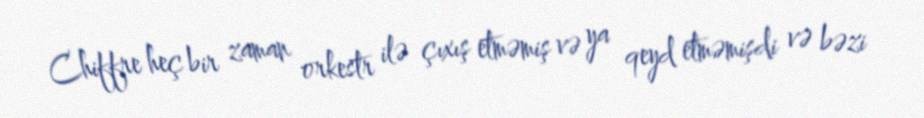
Chiffre heç bir zaman orkestr ilə çıxış etməmiş və ya qeyd etməmişdi və bəzi